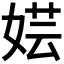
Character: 𫰼